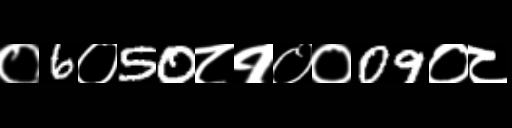
Text: ०6०50८१००09०८